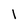
Character: I